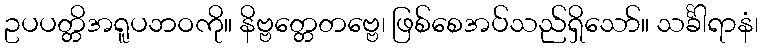
ဥပပတ္တိအရူပဘဝကို။ နိဗ္ဗတ္တေတဗ္ဗေ၊ ဖြစ်စေအပ်သည်ရှိသော်။ သင်္ခါရာနံ၊